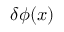
\delta \phi ( { \boldsymbol { x } } )